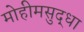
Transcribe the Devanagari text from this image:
मोहीमसुद्धा